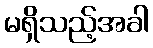
မရှိသည့်အခါ